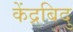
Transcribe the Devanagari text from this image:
केंद्रबिदु